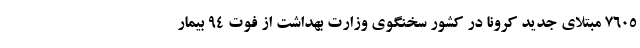
۷۶۰۵ مبتلای جدید کرونا در کشور سخنگوی وزارت بهداشت از فوت ۹۴ بیمار